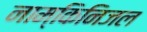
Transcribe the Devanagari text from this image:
नाम्किनिजल